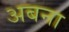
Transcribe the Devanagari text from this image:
अबना